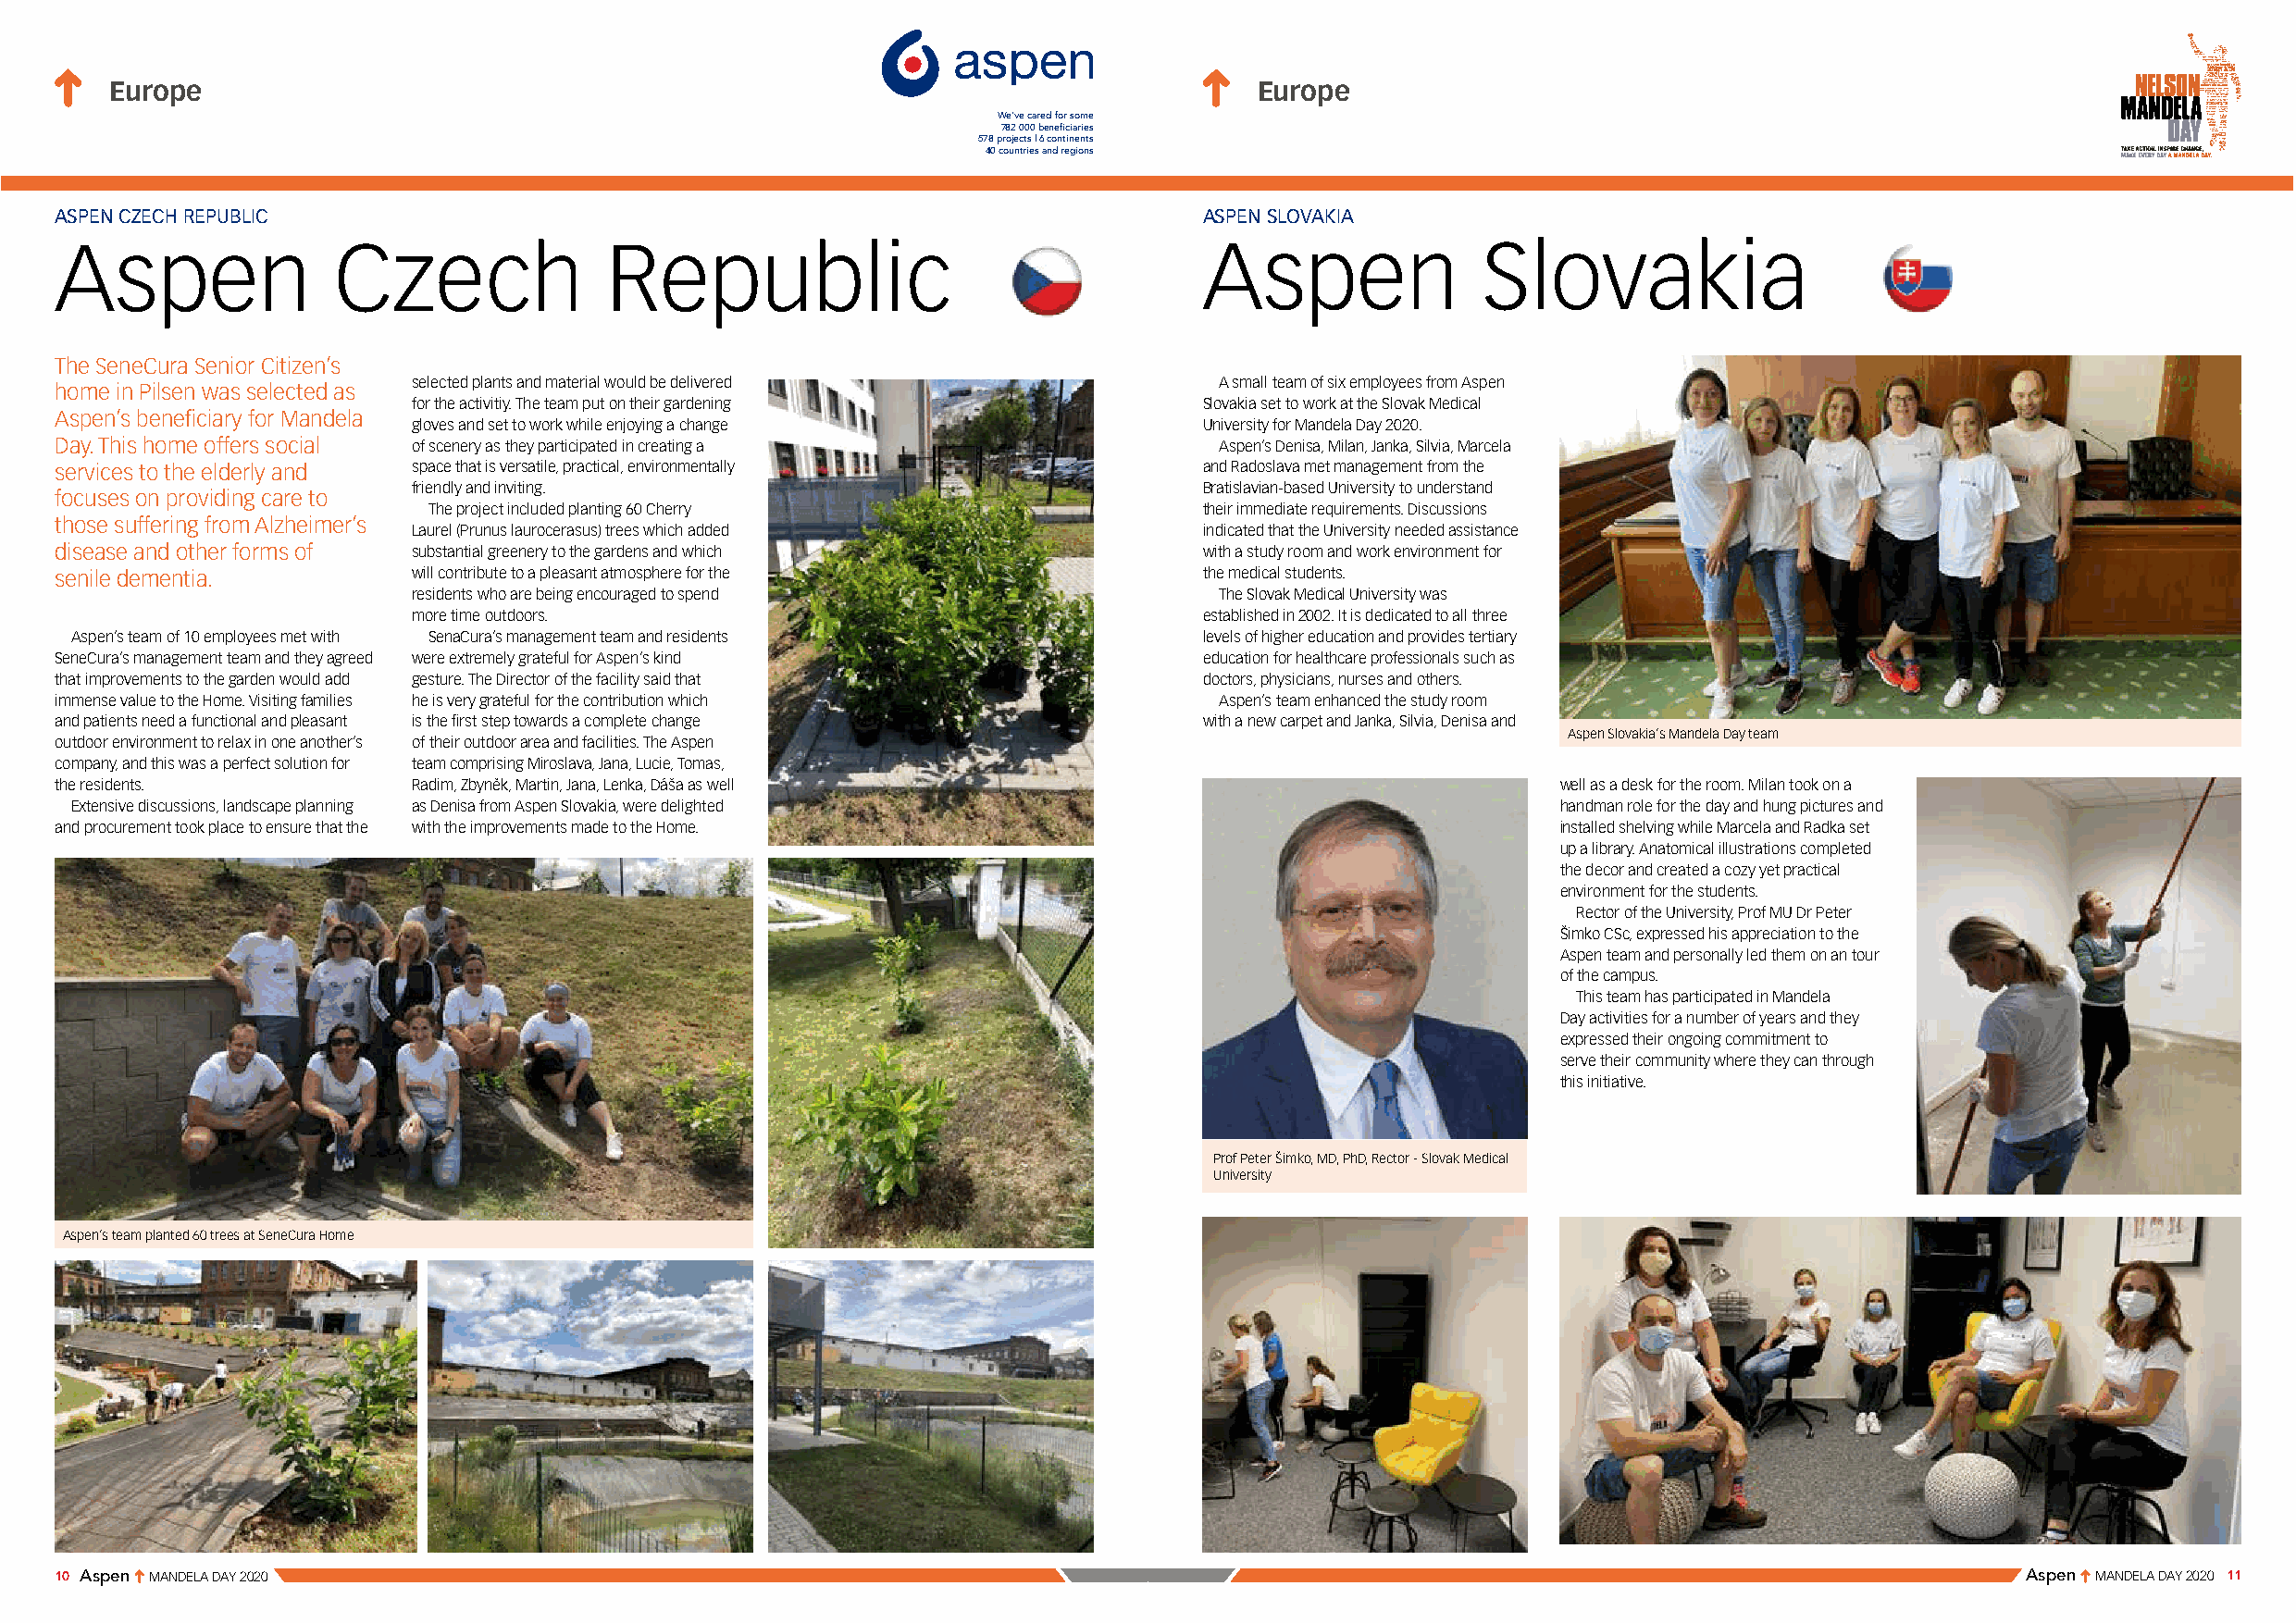
Europe                                                                            Europe
 We’ve cared for some
 782 000 beneficiaries
 578 projects | 6 continents
 40 countries and regions
 ASPEN CZECH REPUBLIC                                                              ASPEN SLOVAKIA
 Aspen               Czech              Republic                                   Aspen               Slovakia
 The SeneCura Senior Citizen’s
 selected plants and material would be delivered           A small team of six employees from Aspen
 home in Pilsen was selected as
 for the activitiy. The team put on their gardening       Slovakia set to work at the Slovak Medical
 Aspen’s beneficiary for Mandela
 gloves and set to work while enjoying a change           University for Mandela Day 2020.
 Day. This home offers social of scenery as they participated in creating a         Aspen’s Denisa, Milan, Janka, Silvia, Marcela
 services to the elderly and space that is versatile, practical, environmentally   and Radoslava met management from the
 friendly and inviting.                                   Bratislavian-based University to understand
 focuses on providing care to
 The project included planting 60 Cherry                their immediate requirements. Discussions
 those suffering from Alzheimer’s
 Laurel (Prunus laurocerasus) trees which added           indicated that the University needed assistance
 disease and other forms of substantial greenery to the gardens and which          with a study room and work environment for
 senile dementia.         will contribute to a pleasant atmosphere for the         the medical students.
 residents who are being encouraged to spend               The Slovak Medical University was
 more time outdoors.                                      established in 2002. It is dedicated to all three
 Aspen’s team of 10 employees met with SenaCura’s management team and residents   levels of higher education and provides tertiary
 SeneCura’s management team and they agreed were extremely grateful for Aspen’s kind education for healthcare professionals such as
 that improvements to the garden would add gesture. The Director of the facility said that doctors, physicians, nurses and others.
 immense value to the Home. Visiting families he is very grateful for the contribution which Aspen’s team enhanced the study room
 and patients need a functional and pleasant is the first step towards a complete change with a new carpet and Janka, Silvia, Denisa and
 Aspen Slovakia’s Mandela Day team
 outdoor environment to relax in one another’s of their outdoor area and facilities. The Aspen
 company, and this was a perfect solution for team comprising Miroslava, Jana, Lucie, Tomas,
 the residents.           Radim, Zbyněk, Martin, Jana, Lenka, Dáša as well                                   well as a desk for the room. Milan took on a
 Extensive discussions, landscape planning as Denisa from Aspen Slovakia, were delighted                    handman role for the day and hung pictures and
 and procurement took place to ensure that the with the improvements made to the Home.                       installed shelving while Marcela and Radka set
 up a library. Anatomical illustrations completed
 the decor and created a cozy yet practical
 environment for the students.
 Rector of the University, Prof MU Dr Peter
 Šimko CSc, expressed his appreciation to the
 Aspen team and personally led them on an tour
 of the campus.
 This team has participated in Mandela
 Day activities for a number of years and they
 expressed their ongoing commitment to
 serve their community where they can through
 this initiative.
 Prof Peter Šimko, MD, PhD, Rector - Slovak Medical
 Melan assembled chairs and an armchair as
 University
 Aspen’s team planted 60 trees at SeneCura Home
 10 Aspen MANDELA DAY 2020                                                                                                                    Aspen MANDELA DAY 2020 1 1